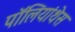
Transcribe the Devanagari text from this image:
पॉलियांथेस